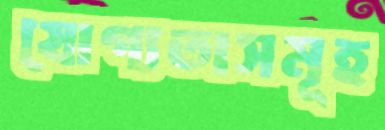
যোগ্যতাসমূহ